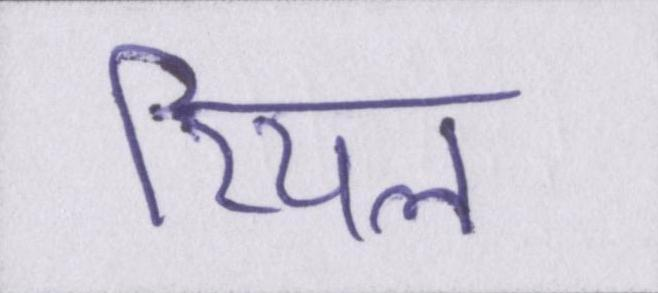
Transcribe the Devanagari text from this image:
रियल